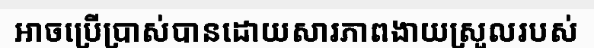
អាចប្រើប្រាស់បានដោយសារភាពងាយស្រួលរបស់